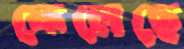
ফেলেছে